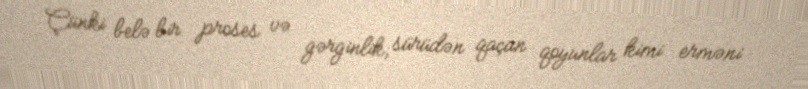
Çünki belə bir proses və gərginlik, sürüdən qaçan qoyunlar kimi erməni